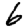
Digit: 6